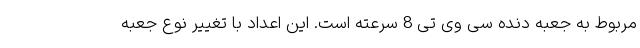
مربوط به جعبه دنده سی وی تی 8 سرعته است. این اعداد با تغییر نوع جعبه